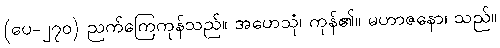
(ပေ-၂၇၀) ညက်ကြေကုန်သည်။ အဟေသုံ၊ ကုန်၏။ မဟာဇနော၊ သည်။